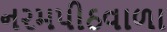
નરમપીઠવાળા